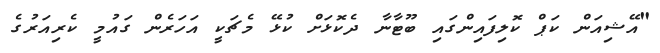
"އޭޝިއަން ކަޕް ކޮލިފައިންގައި ބޫޓާނާ ދެކޮޅަށް ކުޅޭ މެޗަކީ އަހަރެން ގައުމީ ކެރިއަރުގެ